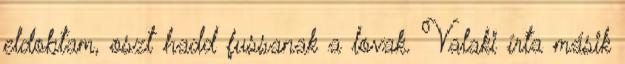
eldobtam, oszt hadd fussanak a lovak. Valaki írta másik